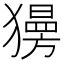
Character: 𤢞